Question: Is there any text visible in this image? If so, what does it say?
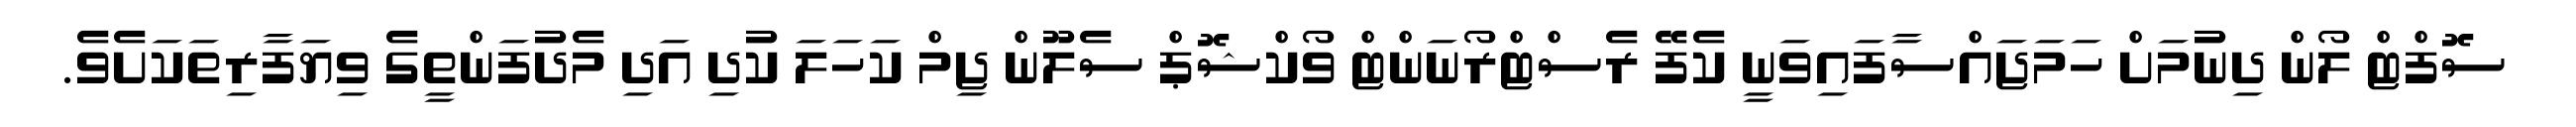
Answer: ސޮފްޓް ލޯން ދިނުމަށް ހަމަޖައްސާފައިވަނީ ކެފޭ ރެސްޓްރޯނަންޓް ވޯކްޝޮޕް ސެލޫން ޖިމް ކަހަލަ ކުދި އަދި މެދުފަންތީގެ ވިޔަފާރިތަކަށެވެ.